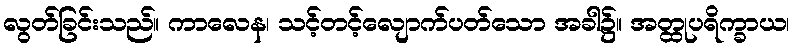
လွတ်ခြင်းသည်။ ကာလေန၊ သင့်တင့်လျောက်ပတ်သော အခါ၌။ အတ္ထုပရိက္ခာယ၊